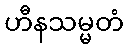
ဟီနသမ္မတံ